Report of the Indian Hemp Drugs Commission, 1894-1895 - Volume V
Year: 1894
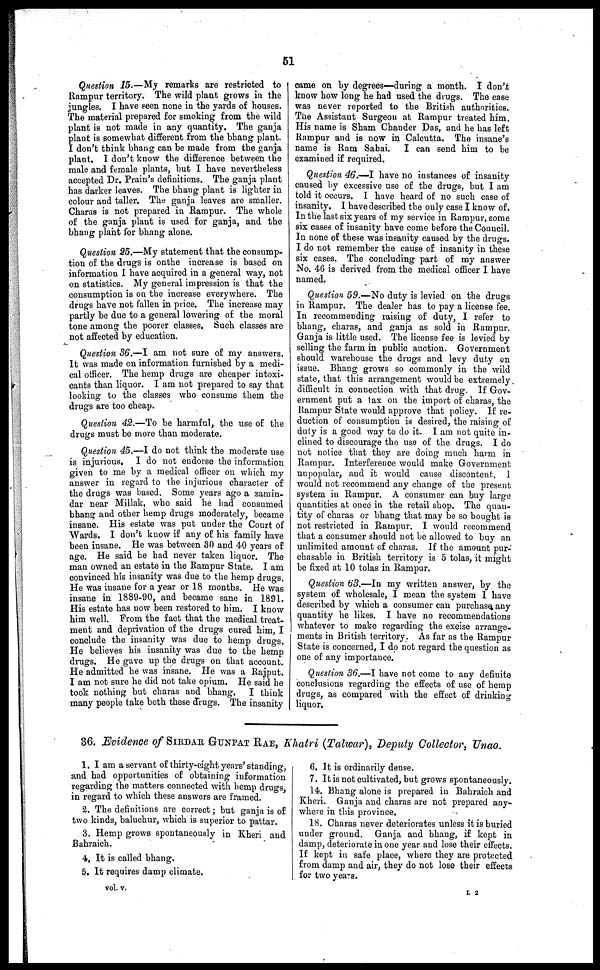
61
Question 15.—My remarks are restricted to
Rampur territory. The wild plant grows in the
jungles. I have seen none in the yards of houses.
The material prepared for smoking from the wild
plant is not made in any quantity. The ganja
plant is somewhat different from the bhang plant.
I don't think bhang can be made from the ganja
plant. I don't know the difference between the
male and female plants, but I have nevertheless
accepted Dr. Prain's definitions. The ganja plant
has darker leaves. The bhang plant is lighter in
colour and taller. The ganja leaves are smaller.
Charas is not prepared in Rampur. The whole
of the ganja plant is used for ganja, and the
bhang plant for bhang alone.
Question 25.—My statement that the consump-
tion of the drugs is onthe increase is based on
information I have acquired in a general way, not
on statistics. My general impression is that the
consumption is on the increase everywhere. The
drugs have not fallen in price. The increase may
partly be due to a general lowering of the moral
tone among the poorer classes. Such classes are
not affected by education.
Question 36.—I am not sure of my answers.
It was made on information furnished by a medi-
cal officer. The hemp drugs are cheaper intoxi-
cants than liquor. I am not prepared to say that
looking to the classes who consume them the
drugs are too cheap.
Question 42.—To be harmful, the use of the
drugs must be more than moderate.
Question 45.—I do not think the moderate use
is injurious, I do not endorse the information
given to me by a medical officer on which my
answer in regard to the injurious character of
the drugs was based. Some years ago a zamin-
dar near Millak, who said he had consumed
bhang and other hemp drugs moderately, became
insane. His estate was put under the Court of
Wards. I don't know if any of his family have
been insane. He was between 30 and 40 years of
age. He said he had never taken liquor. The
man owned an estate in the Rampur State. I am
convinced his insanity was due to the hemp drugs.
He was insane for a year or 18 months. He was
insane in 1889-90, and became sane in 1891.
His estate has now been restored to him. I know
him well. From the fact that the medical treat-
ment and deprivation of the drugs cured him, I
conclude the insanity was due to hemp drugs.
He believes his insanity was due to the hemp
drugs. He gave up the drugs on that account.
He admitted he was insane. He was a Rajput.
I am not sure he did not take opium. He said he
took nothing but charas and bhang. I think
many people take both these drugs. The insanity
came on by degrees—during a month. I don't
know how long he had used the drugs. The case
was never reported to the British authorities.
The Assistant Surgeon at Rampur treated him.
His name is Sham Chander Das, and he has left
Rampur and is now in Calcutta. The insane's
name is Ram Sabai. I can send him to be
examined if required.
Question 46.—I have no instances of insanity
caused by excessive use of the drugs, but I am
told it occurs. I have heard of no such case of
insanity. I have described the only case I know of.
In the last six years of my service in Rampur, some
six cases of insanity have come before the Council.
In none of these was insanity caused by the drugs.
I do not remember the cause of insanity in these
six cases. The concluding part of my answer
No. 46 is derived from the medical officer I have
named.
Question 59.—No duty is levied on the drugs
in Rampur. The dealer has to pay a license fee.
In recommending raising of duty, I refer to
bhang, charas, and ganja as sold in Rampur.
Ganja is little used. The license fee is levied by
selling the farm in public auction. Government
should warehouse the drugs and levy duty on
issue. Bhang grows so commonly in the wild
state, that this arrangement would be extremely
difficult in connection with that drug. If Gov-
ernment put a tax on the import of charas, the
Rampur State would approve that policy. If re-
duction of consumption is desired, the raising of
duty is a good way to do it. I am not quite in-
clined to discourage the use of the drugs. I do
not notice that they are doing much harm in
Rampur. Interference would make Government
unpopular, and it would cause discontent. 1
would not recommend any change of the present
system in Rampur. A consumer can buy large
quantities at once in the retail shop. The quan-
tity of charas or bhang that may be so bought is
not restricted in Rampur. I would recommend
that a consumer should not be allowed to buy an
unlimited amount of charas. If the amount pur-
chasable in British territory is 5 tolas, it might
be fixed at 10 tolas in Rampur.
Question 63.—In my written answer, by the
system of wholesale, I mean the system I have
described by which a consumer can purchase any
quantity he likes. I have no recommendations
whatever to make regarding the excise arrange-
ments in British territory. As far as the Rampur
State is concerned, I do not regard the question as
one of any importance.
Question 36.—I have not come to any definite
conclusions regarding the effects of use of hemp
drugs, as compared with the effect of drinking
liquor.
36. Evidence of SIRDAR GUNPAT RAE, Khatri (Talwar), Deputy Collector, Unao.
1. I am a servant of thirty-eight years' standing,
and had opportunities of obtaining information
regarding the matters connected with hemp drugs
in regard to which these answers are framed.
2. The definitions are correct ; but ganja is of
two kinds, baluchur, which is superior to pattar.
3. Hemp grows spontaneously in Kheri and
Bahraich.
4. It is called bhang.
5. It requires damp climate.
vol. v.
6. It is ordinarily dense.
7. It is not cultivated, but grows spontaneously.
14. Bhang alone is prepared in Bahraich and
Kheri. Ganja and charas are not prepared any-
where in this province.
18. Charas never deteriorates unless it is buried
under ground. Ganja and bhang, if kept in
damp, deteriorate in one year and lose their effects.
If kept in safe place, where they are protected
from damp and air, they do not lose their effects
for two years.
L 2